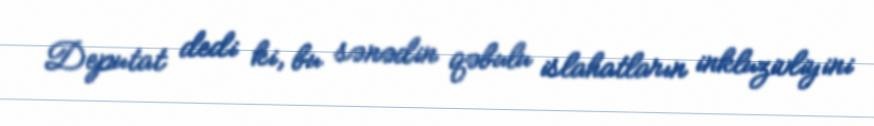
Deputat dedi ki, bu sənədin qəbulu islahatların inkluzivliyini